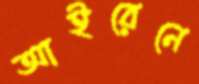
আইরেনে